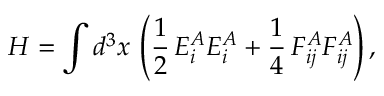
H = \int d ^ { 3 } x \, \left( \frac { 1 } { 2 } \, E _ { i } ^ { A } E _ { i } ^ { A } + \frac { 1 } { 4 } \, F _ { i j } ^ { A } F _ { i j } ^ { A } \right) ,